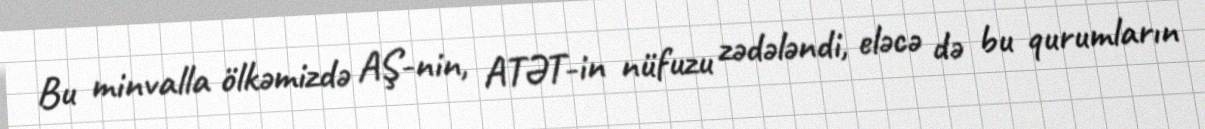
Bu minvalla ölkəmizdə AŞ-nin, ATƏT-in nüfuzu zədələndi, eləcə də bu qurumların